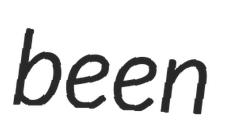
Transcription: been